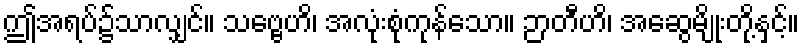
ဤအရပ်၌သာလျှင်။ သဗ္ဗေဟိ၊ အလုံးစုံကုန်သော။ ဉာတီဟိ၊ အဆွေမျိုးတို့နှင့်။